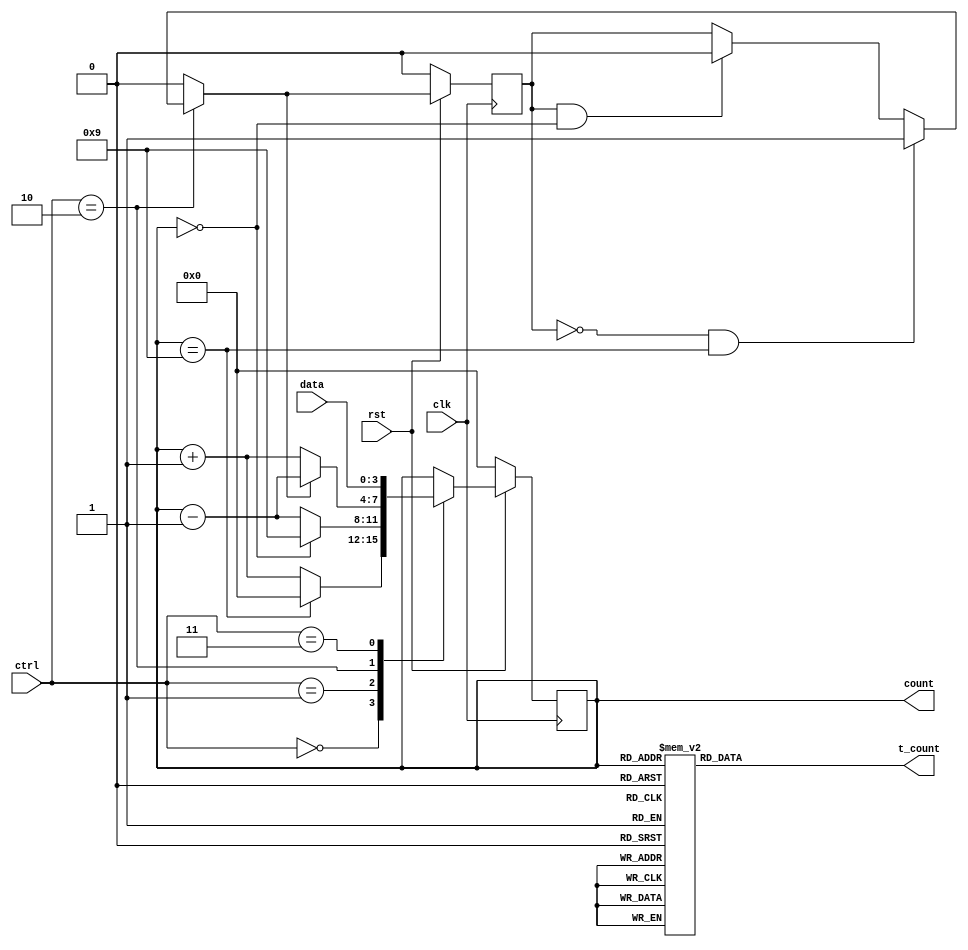
`timescale 10ns/10ps
module modcounter #(parameter N = 10)(clk,rst,ctrl,data,count,t_count);
  input clk,rst;
  input [2:0] ctrl;                 // to decide what the counter must do
  input [3:0] data;                 // To store the value that must be 'loaded' into the counter
  output reg [3:0] count;           // Outpur register variable that stores the current count value
  output reg [15:0] t_count;        // register variable to give thermometric count for better visualization
  

  reg flag_clk;                     // flag that is updated in the clocked always block
  reg flag_comb;                    // flag that is updated in the combinational always block
  reg[3:0] count_next;              // Intermediate register variable that stores the next value of the count

always@(posedge clk)
  begin
    if(rst == 0) 
      begin
        flag_clk <= 0;   // flag_clk = 0 indicates up counting
        count    <= 0;
      end
    else
      begin
        flag_clk <= flag_comb;
        count    <= count_next;
      end  
  end


// always block to take care of flag updation
always@(*)
  begin
   if(ctrl == 2)
     begin
        if      ((flag_clk == 0) && (count == N-1)) flag_comb = 1;  // start down counting as max count has been reached
        else if ((flag_clk == 1) && (count == 0))   flag_comb = 0;  // start up counting as min count has been reached
        else      flag_comb = flag_clk;                             // Retain the previous state of the flag for intermediate values
     end
   else flag_comb = 0;
  end

// Count generation block (Done within a combinational always block)
// Recommended to use blocking assignments inside a combinational always block
  always@(*)
    begin
       case(ctrl)                                                       
         0: count_next = (count == N-1) ? 0 : (count + 1);                   // ctrl = 0 => Up Count
         1: count_next = (count == 0)? (N-1): (count-1);                     // ctrl = 1 => Down Count
         2: count_next = (flag_comb == 0) ? (count + 1) : (count - 1);       // ctrl = 2 => Up/Down count
         3: count_next = data;                                               // ctrl = 3 => Load Data
         default: count_next = count;                                        // ctrl = 4,5,6,7 => Hold the data 
       endcase
    end

   always@(*)
     begin
       case(count)
        0: t_count = 0;
        1: t_count = 1;   // 0000 0000 0000 0001 => 1
        2: t_count = 3;   // 0000 0000 0000 0011 => 3
        3: t_count = 7;   // 0000 0000 0000 0111 => 7
        4: t_count = 15;  // 0000 0000 0000 1111 => 15
        5: t_count = 31;  // 0000 0000 0001 1111 => 1F
        6: t_count = 63;  // 0000 0000 0011 1111 => 3F
        7: t_count = 127; // 0000 0000 0111 1111 => 7F
        8: t_count = 255; // 0000 0000 1111 1111 => FF
        9: t_count = 511;  // 0000 0001 1111 1111 => 1FF
        10: t_count = 1023; // 0000 0011 1111 1111 => 3FF
        11: t_count = 2047; // 0000 0111 1111 1111 => 7FF
        12: t_count = 4095; // 0000 1111 1111 1111 => FFF
        13: t_count = 8191; // 0001 1111 1111 1111 => 1FFF
        14: t_count = 16383; // 0011 1111 1111 1111  => 3FFF
        15: t_count = 31767; // 0111 1111 1111 1111 => 7FFF
        16: t_count = 65535; // 1111 1111 1111 1111 => FFFF
        default : t_count = 0; 
      endcase
    end
endmodule